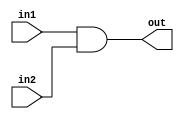
/*
    CS/ECE 552 Spring '22
    Homework #1, Problem 2

    2 input AND
*/
module and2 (out,in1,in2);
    output out;
    input in1,in2;
    assign out = (in1 & in2);
endmodule